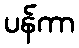
ပန်ကာ